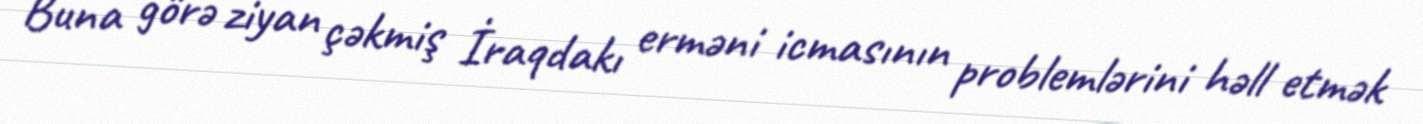
Buna görə ziyan çəkmiş İraqdakı erməni icmasının problemlərini həll etmək